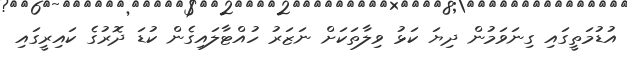
އުޑުމަތީގައި ގިނަވަމުން ދިޔަ ކަޅު ވިލާތަކަށް ނަޒަރު ހުއްޓާލައިގެން ކުޑަ ދޮރުގެ ކައިރީގައި